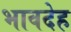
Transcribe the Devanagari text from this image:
भावदेह